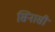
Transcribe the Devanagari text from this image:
सिनासी